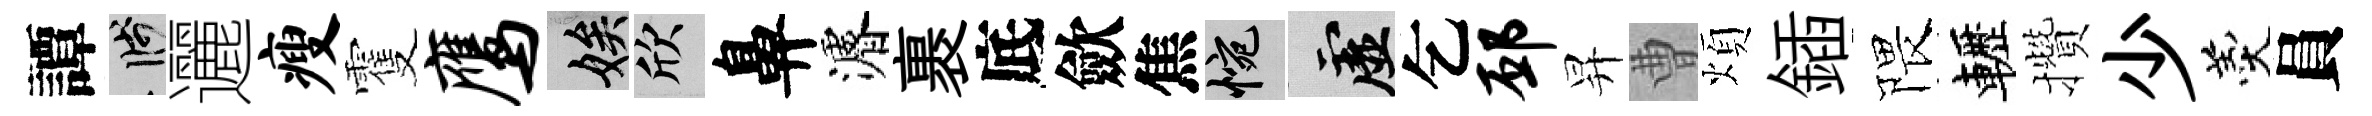
譚箋邐瘦䨥鹰娭欣鼻濬裹底歛焦惋虚乞邳昇曹煩鍤隈轣攢少羹員